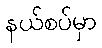
နယ်စပ်မှာ